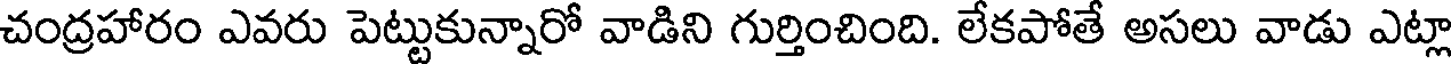
చంద్రహారం ఎవరు పెట్టుకున్నారో వాడిని గుర్తించింది. లేకపోతే అసలు వాడు ఎట్లా